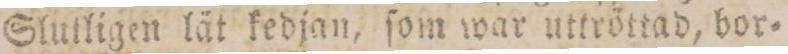
Slutligen låt kedjan, ſom war uttröttad, bor=